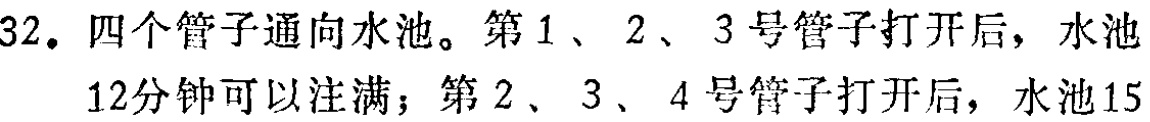
32. 四个管子通向水池。第1、2、3号管子打开后，水池

12分钟可以注满；第2、3、4号管子打开后，水池15